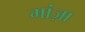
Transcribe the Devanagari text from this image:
मांज़ा